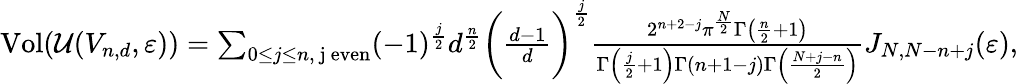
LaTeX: \begin{array}{r}{\mathrm{Vol}(\mathcal{U}({V}_{n,d},\varepsilon))=\sum_{0\le j\le n,\mathrm{\ j~even}}(-1)^{\frac{j}{2}}d^{\frac{n}{2}}\biggl(\frac{d-1}{d}\biggr)^{\frac{j}{2}}\frac{2^{n+2-j}\pi^{\frac{N}{2}}\Gamma\left(\frac{n}{2}+1\right)}{\Gamma\left(\frac{j}{2}+1\right)\Gamma(n+1-j)\Gamma\left(\frac{N+j-n}{2}\right)}J_{N,N-n+j}(\varepsilon),}\end{array}